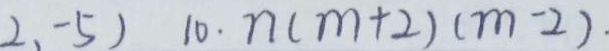
2 . - 5 ) 1 0 . n ( m + 2 ) ( m - 2 ) .